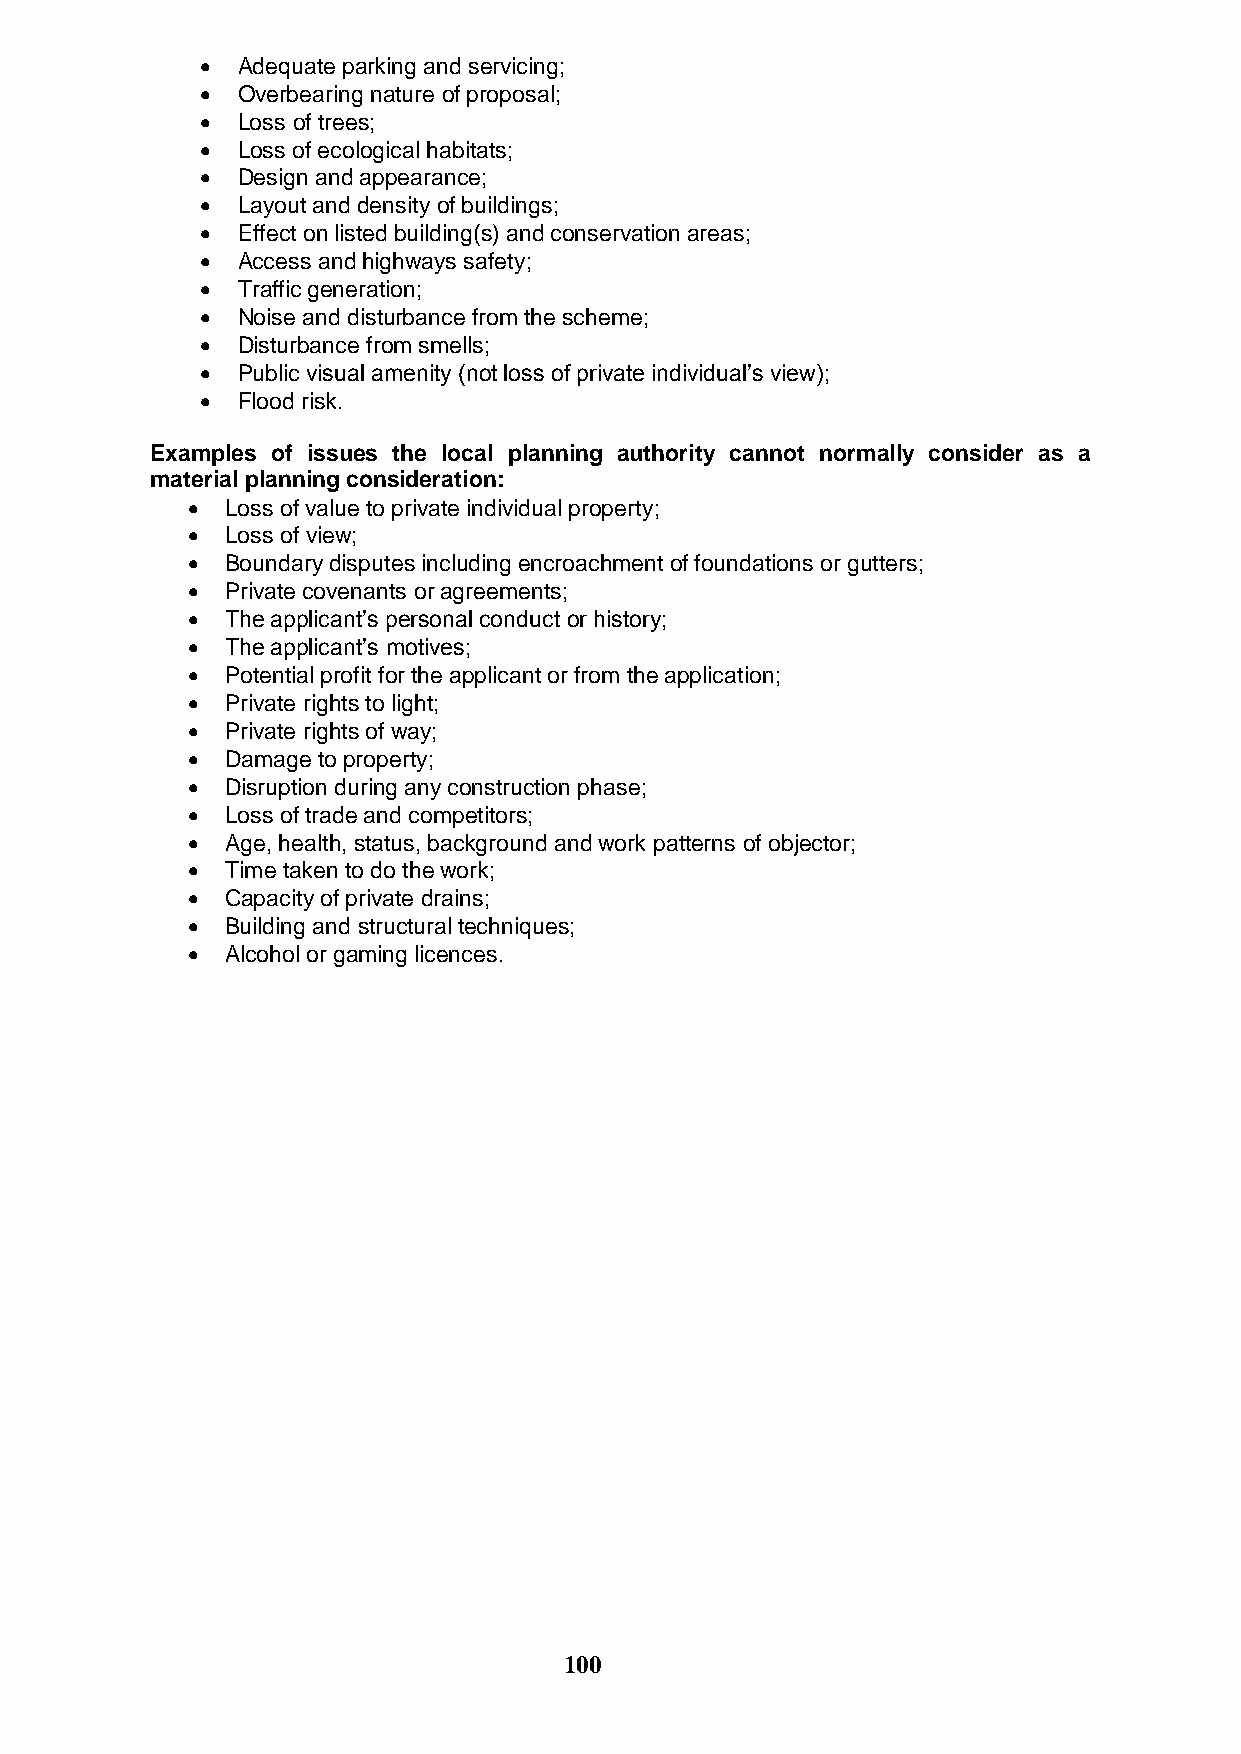
  Adequate parking and servicing;
   Overbearing nature of proposal;
   Loss of trees;
   Loss of ecological habitats;
   Design and appearance;
   Layout and density of buildings;
   Effect on listed building(s) and conservation areas;
   Access and highways safety;
   Traffic generation;
   Noise and disturbance from the scheme;
   Disturbance from smells;
   Public visual amenity (not loss of private individual‟s view);
   Flood risk.
 Examples of issues the local planning authority cannot normally consider as a
 material planning consideration:
   Loss of value to private individual property;
   Loss of view;
   Boundary disputes including encroachment of foundations or gutters;
   Private covenants or agreements;
   The applicant‟s personal conduct or history;
   The applicant‟s motives;
   Potential profit for the applicant or from the application;
   Private rights to light;
   Private rights of way;
   Damage to property;
   Disruption during any construction phase;
   Loss of trade and competitors;
   Age, health, status, background and work patterns of objector;
   Time taken to do the work;
   Capacity of private drains;
   Building and structural techniques;
   Alcohol or gaming licences.
 100